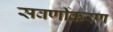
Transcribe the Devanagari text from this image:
सवर्णीकरण